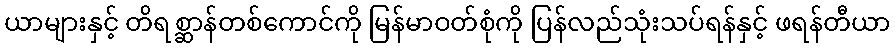
ယာများနှင့် တိရစ္ဆာန်တစ်ကောင်ကို မြန်မာဝတ်စုံကို ပြန်လည်သုံးသပ်ရန်နှင့် ဖရန်တီယာ